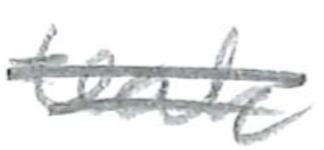
Text: of
Cross-out: double-line
Writing tool: pencil